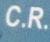
c.r